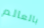
بالعالم